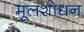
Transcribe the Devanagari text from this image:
मूलशोधन